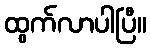
ထွက်လာပါပြီ။